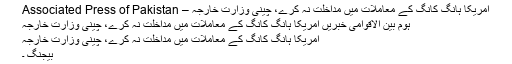
امریکا ہانگ کانگ کے معاملات میں مداخلت نہ کرے، چینی وزارت خارجہ – Associated Press of Pakistan
ہوم بین الاقوامی خبریں امریکا ہانگ کانگ کے معاملات میں مداخلت نہ کرے، چینی وزارت خارجہ
امریکا ہانگ کانگ کے معاملات میں مداخلت نہ کرے، چینی وزارت خارجہ
بیجنگ ۔